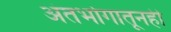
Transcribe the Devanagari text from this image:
अंतर्भागातूनही